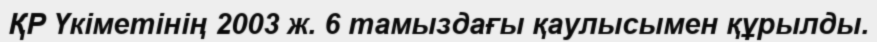
ҚР Үкіметінің 2003 ж. 6 тамыздағы қаулысымен құрылды.